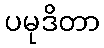
ပမုဒိတာ